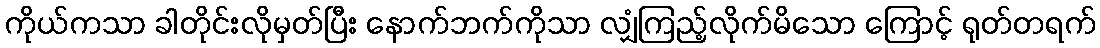
ကိုယ်ကသာ ခါတိုင်းလိုမှတ်ပြီး နောက်ဘက်ကိုသာ လျှံကြည့်လိုက်မိသော ကြောင့် ရုတ်တရက်